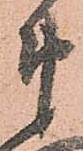
衛